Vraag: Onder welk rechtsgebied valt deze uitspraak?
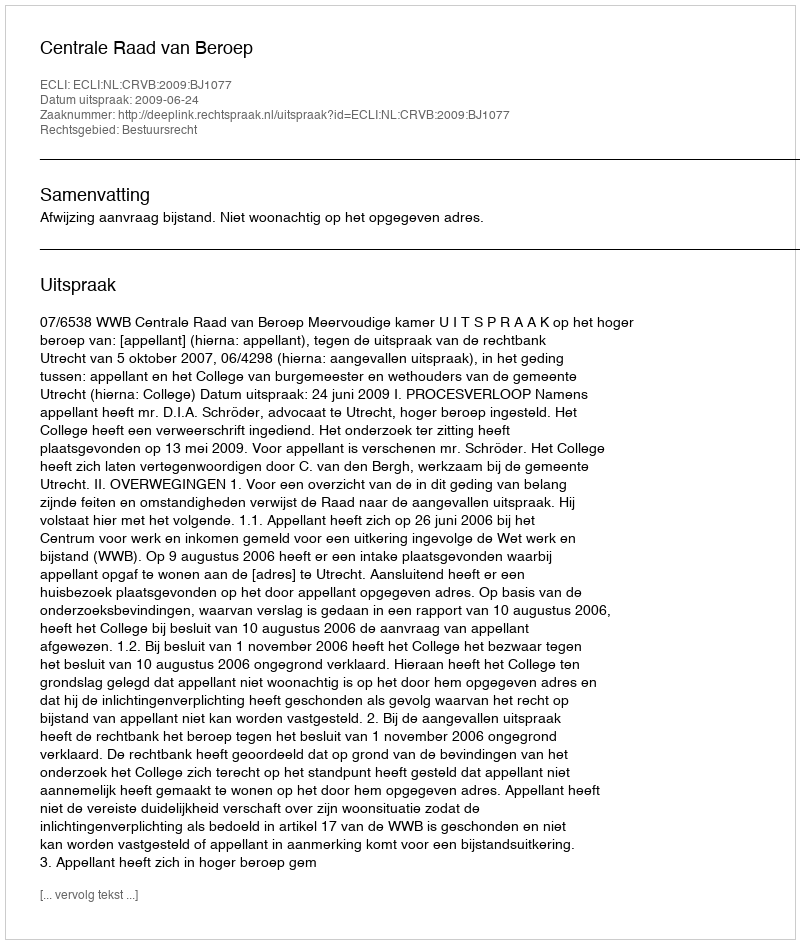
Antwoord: Bestuursrecht